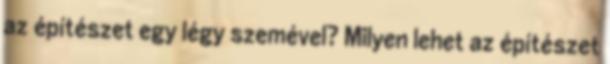
az építészet egy légy szemével? Milyen lehet az építészet